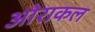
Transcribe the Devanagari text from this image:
ओराकल